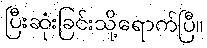
ပြီးဆုံးခြင်းသို့ရောက်ပြီ။